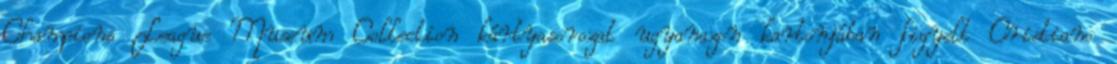
Champions League Museum Collection kártyasorozat ugyanazon kartonjában figyelt Cristiano